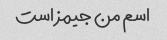
اسم من جیمز است